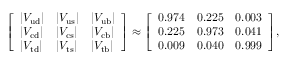
{ \left[ \begin{array} { l l l } { | V _ { \mathrm { u d } } | } & { | V _ { \mathrm { u s } } | } & { | V _ { \mathrm { u b } } | } \\ { | V _ { \mathrm { c d } } | } & { | V _ { \mathrm { c s } } | } & { | V _ { \mathrm { c b } } | } \\ { | V _ { \mathrm { t d } } | } & { | V _ { \mathrm { t s } } | } & { | V _ { \mathrm { t b } } | } \end{array} \right] } \approx { \left[ \begin{array} { l l l } { 0 . 9 7 4 } & { 0 . 2 2 5 } & { 0 . 0 0 3 } \\ { 0 . 2 2 5 } & { 0 . 9 7 3 } & { 0 . 0 4 1 } \\ { 0 . 0 0 9 } & { 0 . 0 4 0 } & { 0 . 9 9 9 } \end{array} \right] } ,